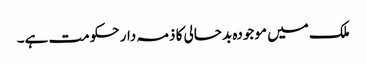
ملک میں موجودہ بدحالی کا ذمہ دار حکومت ہے۔